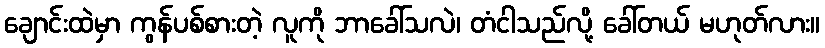
ချောင်းထဲမှာ ကွန်ပစ်စားတဲ့ လူကို ဘာခေါ်သလဲ၊ တံငါသည်လို့ ခေါ်တယ် မဟုတ်လား။